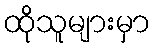
ထိုသူများမှာ